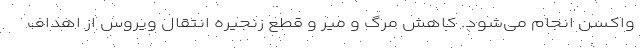
واکسن انجام می‌شود. کاهش مرگ و میر و قطع زنجیره انتقال ویروس از اهداف